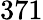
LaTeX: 371